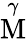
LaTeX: \overset{\gamma}{\mathrm{M}}